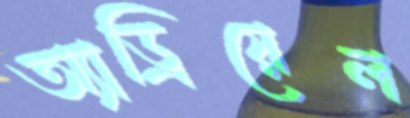
অ্যাড্রিয়েল